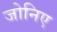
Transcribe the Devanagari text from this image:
जोनिए